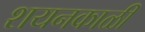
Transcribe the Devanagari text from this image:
शयनकाळी